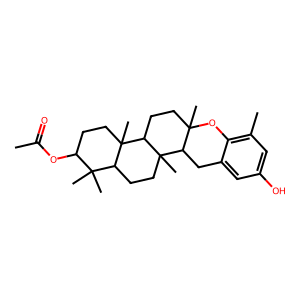
SMILES: CC(=O)OC1CCC2(C)C(CCC3(C)C4Cc5cc(O)cc(C)c5OC4(C)CCC32)C1(C)C
Inhibits HIV replication: No